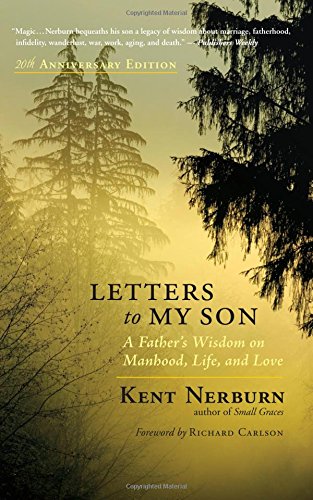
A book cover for Letters to My Son: A Father's Wisdom on Manhood, Life, and Love; Kent Nerburn; Parenting & Relationships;